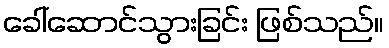
ခေါ်ဆောင်သွားခြင်း ဖြစ်သည်။